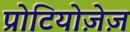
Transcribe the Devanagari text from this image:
प्रोटियोज़ेज़